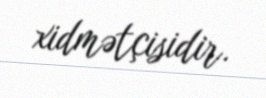
xidmətçisidir.